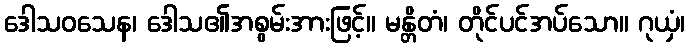
ဒေါသဝသေန၊ ဒေါသ၏အစွမ်းအားဖြင့်။ မန္တိတံ၊ တိုင်ပင်အပ်သော။ ဂုယှံ၊